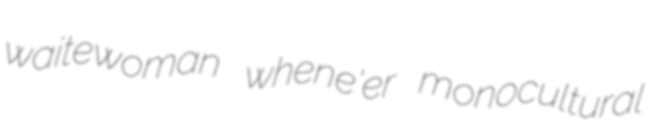
waitewoman whene'er monocultural